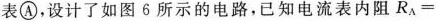
表A，设计了如图6所示的电路，已知电流表内阻$$R _ { A } =$$